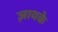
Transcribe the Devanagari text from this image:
ज़ायके